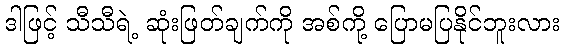
ဒါဖြင့် သီသီရဲ့ ဆုံးဖြတ်ချက်ကို အစ်ကို့ ပြောမပြနိုင်ဘူးလား